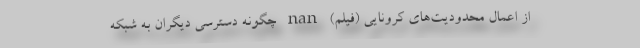
از اعمال محدودیت‌های کرونایی (فیلم) nan چگونه دسترسی دیگران به شبکه